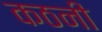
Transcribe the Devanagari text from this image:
कठनी